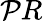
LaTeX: \mathcal{P}R